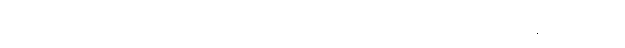
ဖြောင့်စွာ။ ကာယံ၊ ကိုယ်ကို။ ပဏိဓာယ၊ ထား၍။ ပရိမုခံ၊ ကမ္မဋ္ဌာန်းသို့ရှေ့ရှု။